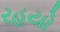
રહયો